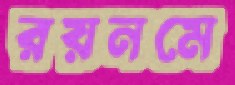
রয়নমে